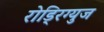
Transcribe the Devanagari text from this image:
रोड्रिग्युज